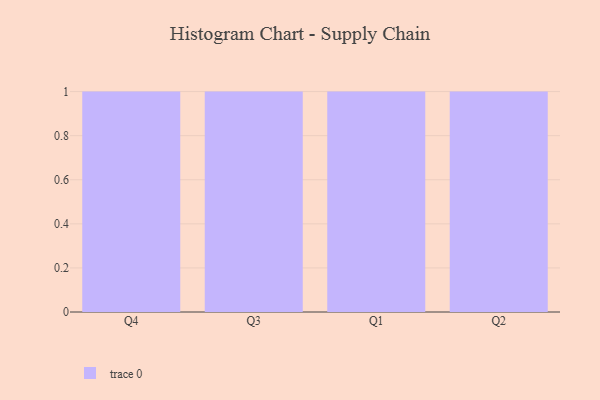
{"axis": {"x": "Quarter", "y": "Headcount"}, "legend": [""], "data": [{"x": "Q4", "y": 56, "type": ""}, {"x": "Q3", "y": 16, "type": ""}, {"x": "Q1", "y": 10, "type": ""}, {"x": "Q2", "y": 98, "type": ""}]}